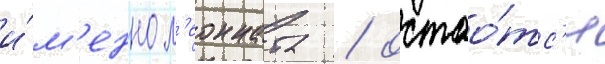
и́м'енно л'еонната / остао́тс'я